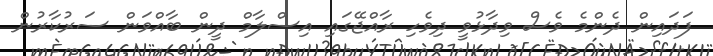
ފަދައިން ދެންމެ ވެސް ވިދާޅުވީ ދިވެހި ރާއްޖޭގައި އިސްލާމް ދީން ބާއްވަން ސަރުކާރުން